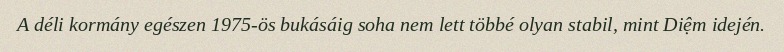
A déli kormány egészen 1975-ös bukásáig soha nem lett többé olyan stabil, mint Diệm idején.